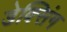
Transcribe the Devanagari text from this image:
डेक्सिंग